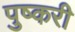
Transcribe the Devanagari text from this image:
पुष्करी